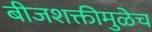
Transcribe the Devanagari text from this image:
बीजशक्तीमुळेच